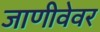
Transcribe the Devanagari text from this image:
जाणीवेवर